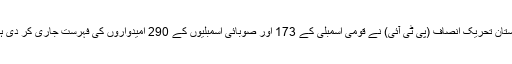
پاکستان تحریکِ انصاف (پی ٹی آئی) نے قومی اسمبلی کے 173 اور صوبائی اسمبلیوں کے 290 امیدواروں کی فہرست جاری کر دی ہے۔